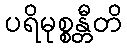
ပရိမုစ္စန္တီတိ